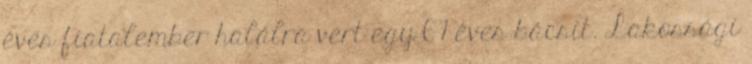
éves fiatalember halálra vert egy 67 éves bácsit. Lakossági